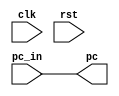
module ID_stage(
    input clk, rst,
    input[31:0] pc_in,
    output[31:0] pc
);

assign pc = pc_in;


endmodule